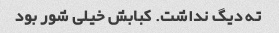
ته دیگ نداشت. کبابش خیلی شور بود